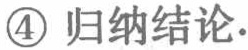
\textcircled{4} 归纳结论.